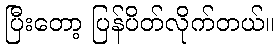
ပြီးတော့ ပြန်ပိတ်လိုက်တယ်။